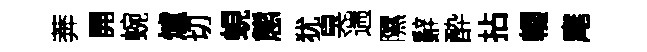
莾開蜿爐切蜆態犹臭遄隰辭酔拈輟麾